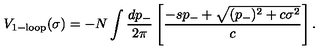
V _ { 1 - \mathrm { l o o p } } ( \sigma ) = - N \int { \frac { d p _ { - } } { 2 \pi } } \left[ { \frac { - s p _ { - } + \sqrt { ( p _ { - } ) ^ { 2 } + c \sigma ^ { 2 } } } { c } } \right] .